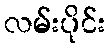
လမ်းပိုင်း